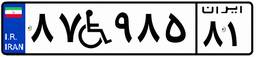
۸۷W۹۸۵۸۱